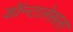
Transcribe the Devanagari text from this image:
डॉन्टलेसला